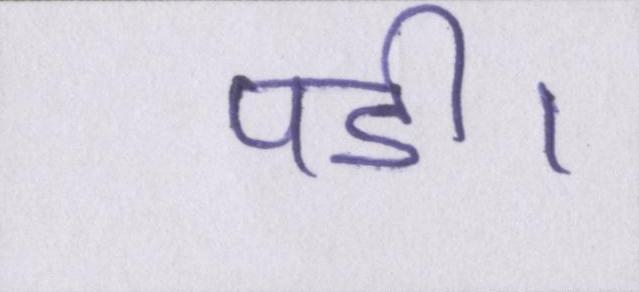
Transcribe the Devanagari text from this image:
पडी।